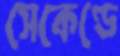
সেকেণ্ডে